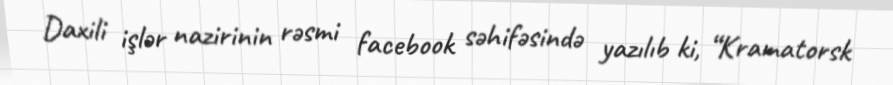
Daxili işlər nazirinin rəsmi facebook səhifəsində yazılıb ki, “Kramatorsk